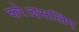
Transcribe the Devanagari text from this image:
करे।इसलिए